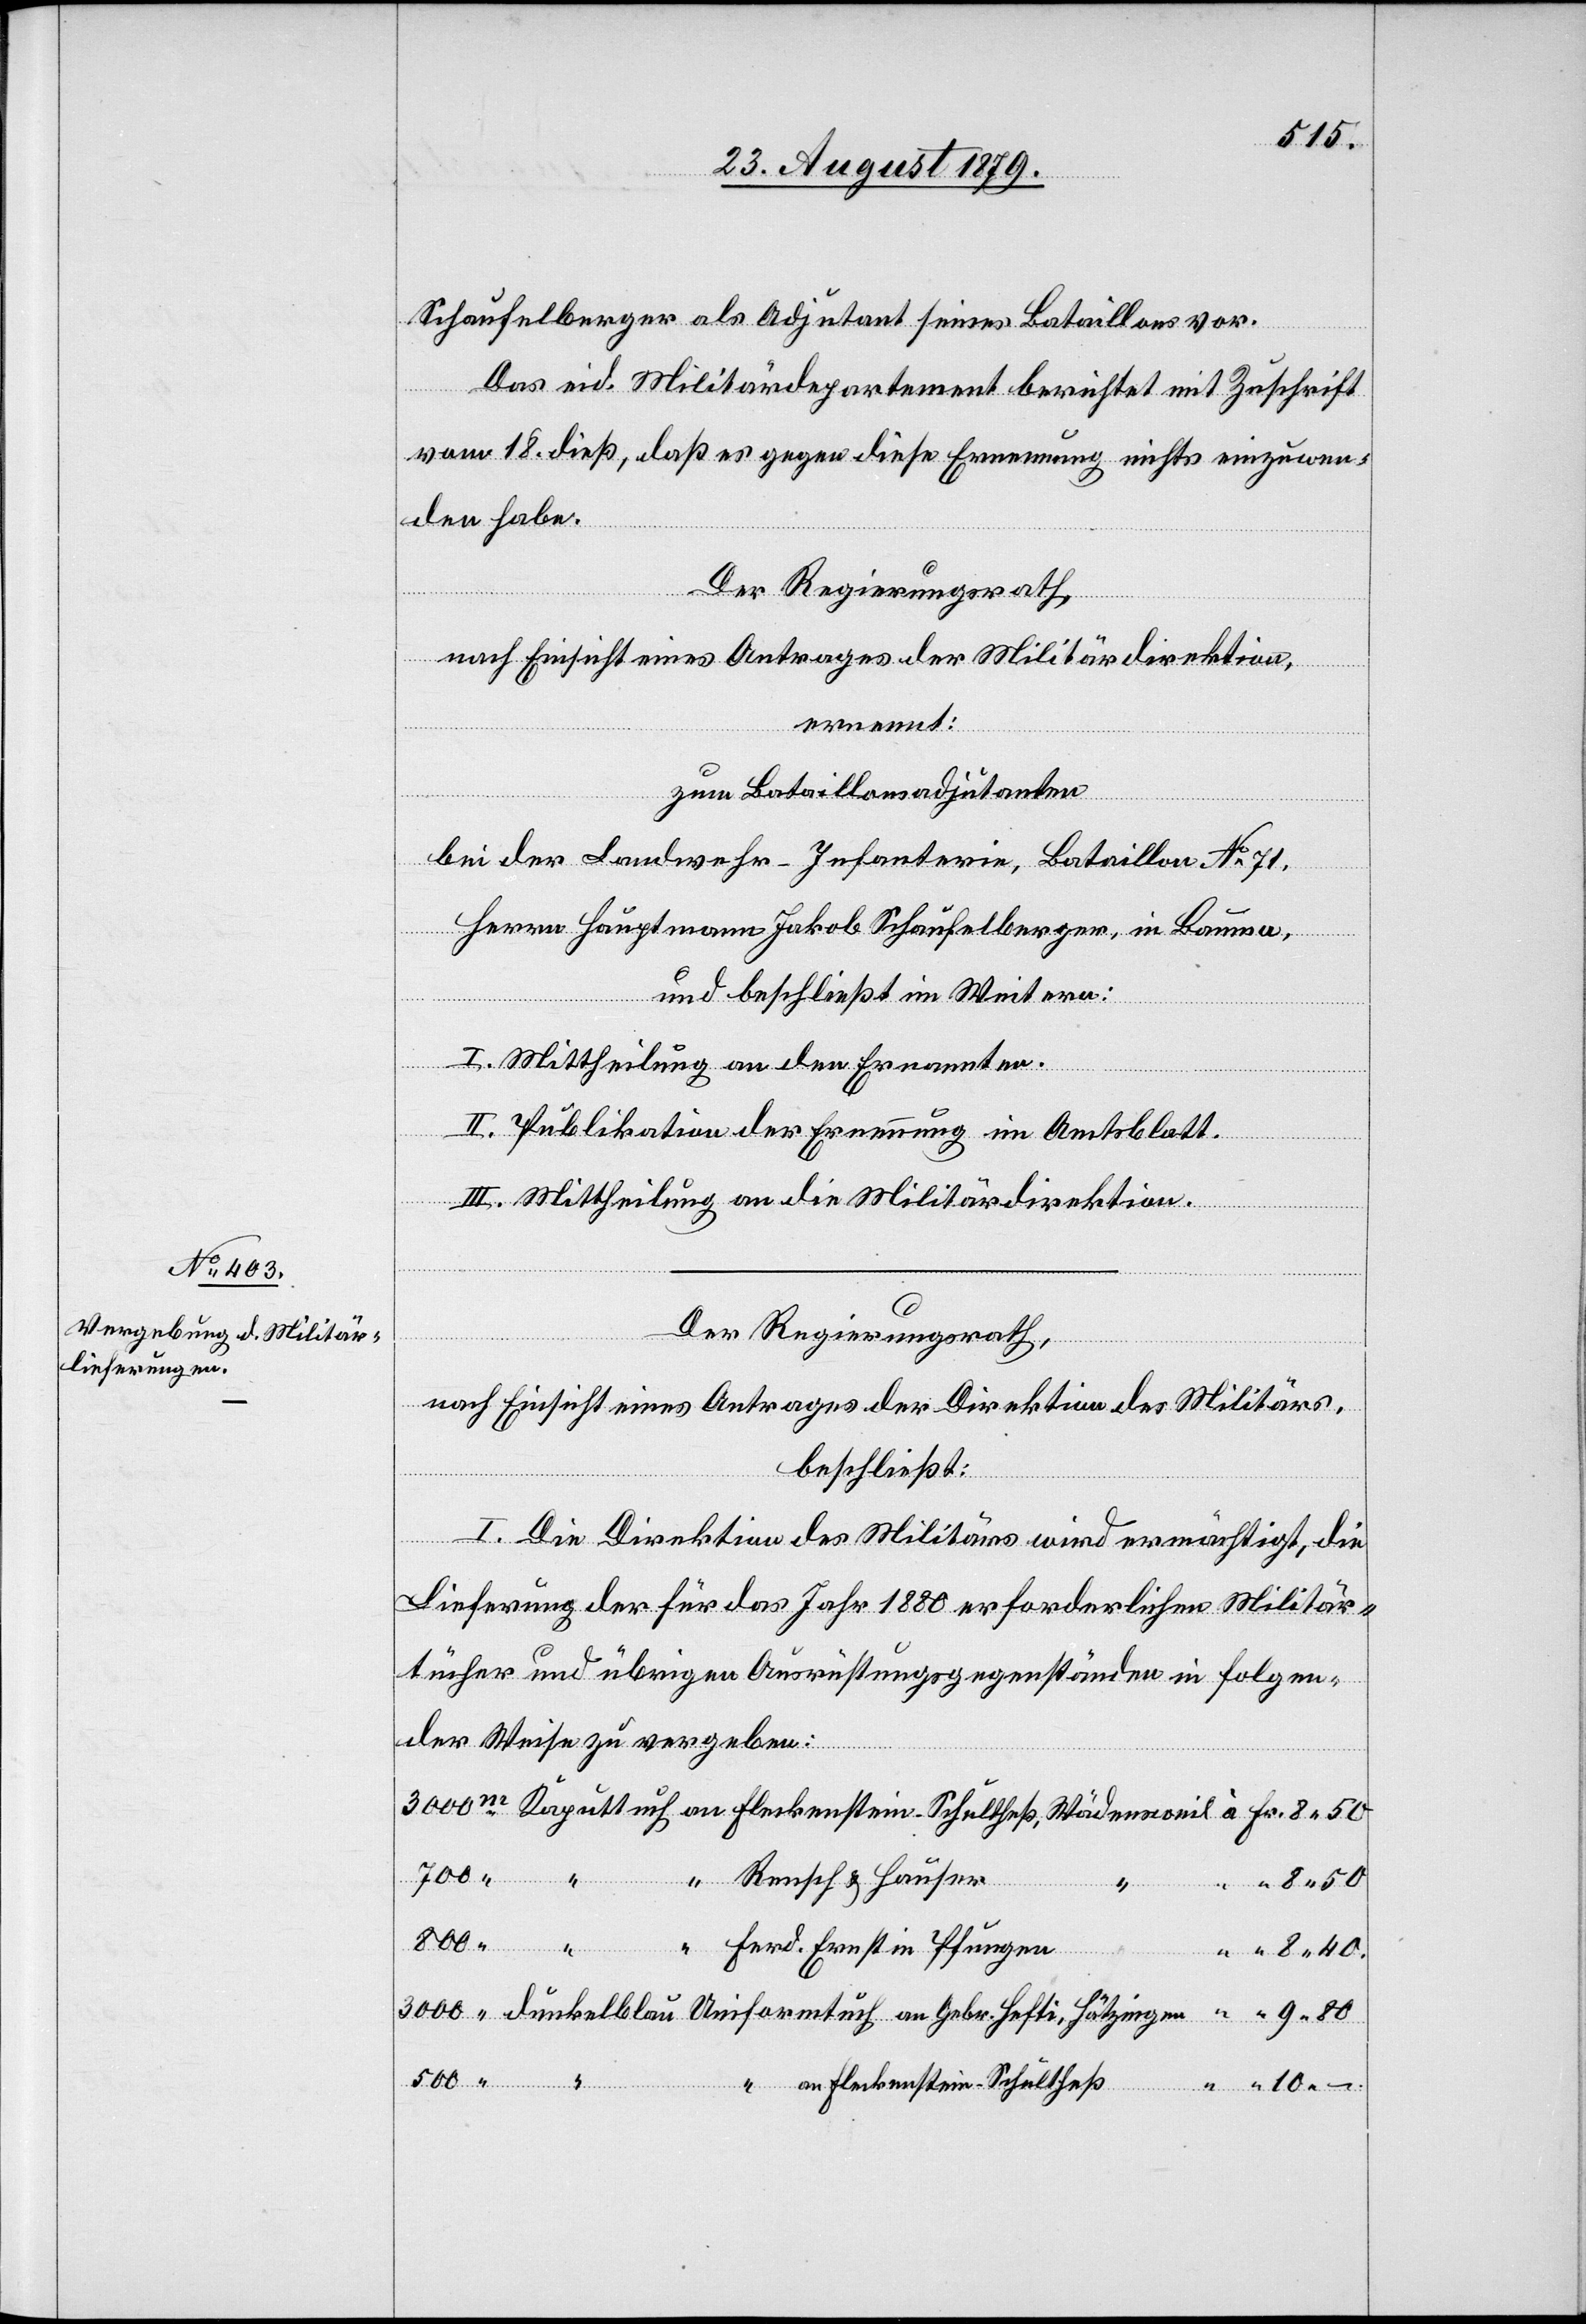
Schaufelberger als Adjutant seines Bataillons vor.
80.
Das eid. Militärdepartement berichtet mit Zuschrift
vom 18. dieß, daß es gegen diese Ernennung nichts einzuwen¬
den habe.
Der Regierungsrath,
nach Einsicht eines Antrages der Militärdirektion,
ernennt:
zum Bataillonsadjutanten
bei der Landeswehr-Infanterie, Bataillon No 71,
Herrn Hauptmann Jakob Schaufelberger, in Bauma,
10
und beschließt im Weitern:
I. Mittheilung an den Ernannten.
II. Publikation der Ernennung im Amtsblatt.
III. Mittheilung an die Militärdirektion.
500
“
Der Regierungsrath,
nach Einsicht eines Antrages der Direktion des Militärs,
beschließt:
Hötzingen
I. Die Direktion des Militärs wird ermächtigt, die
Lieferung der für das Jahr 1880 erforderlichen Militär¬
tücher und übrigen Ausrüstungsgegenständen in folgen¬
der Weise zu vergeben:
Rensch & Hauser
Ferd. Ernst in Pfungen
“ an Fleckenstein-Schultheß